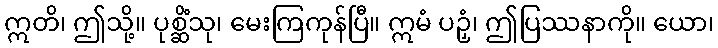
ဣတိ၊ ဤသို့။ ပုစ္ဆိံသု၊ မေးကြကုန်ပြီ။ ဣမံ ပဉှံ၊ ဤပြဿနာကို။ ယော၊